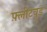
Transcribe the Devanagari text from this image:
फ़्लीटवुड